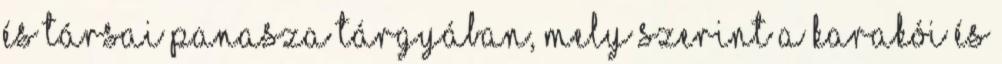
és társai panasza tárgyában, mely szerint a karakói és